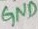
Text: GND